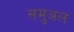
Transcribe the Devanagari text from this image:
समुअल